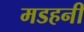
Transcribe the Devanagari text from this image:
मडहनी